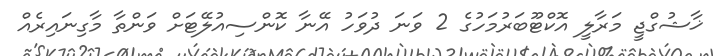
ޚާޝުގްޖީ މަރާލީ އޮކްޓޫބަރުމަހުގެ 2 ވަނަ ދުވަހު އޭނާ ކޮންސިއުލޭޓަށް ވަންތާ މާގިނައިރެއް